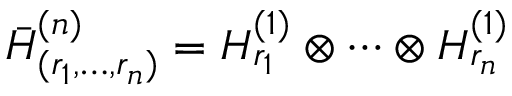
{ \bar { \cal H } } _ { ( r _ { 1 } , \ldots , r _ { n } ) } ^ { ( n ) } = { \cal H } _ { r _ { 1 } } ^ { ( 1 ) } \otimes \cdots \otimes { \cal H } _ { r _ { n } } ^ { ( 1 ) }